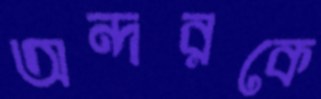
অন্দরকে